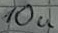
Text: 10u